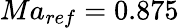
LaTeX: Ma_{ref}=0.875